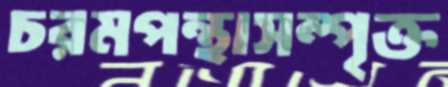
চরমপন্থাসম্পৃক্ত